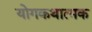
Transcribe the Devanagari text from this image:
योगकथात्मक